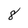
Character: 8